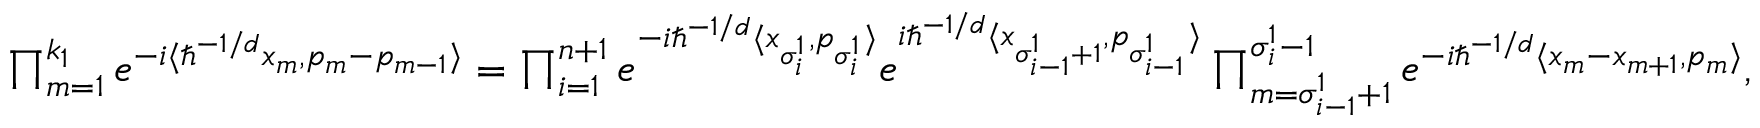
\begin{array} { r } { \prod _ { m = 1 } ^ { k _ { 1 } } e ^ { - i \langle \hbar ^ { - 1 / d } x _ { m } , p _ { m } - p _ { m - 1 } \rangle } = \prod _ { i = 1 } ^ { n + 1 } e ^ { - i \hbar ^ { - 1 / d } \langle x _ { \sigma _ { i } ^ { 1 } } , p _ { \sigma _ { i } ^ { 1 } } \rangle } e ^ { i \hbar ^ { - 1 / d } \langle x _ { \sigma _ { i - 1 } ^ { 1 } + 1 } , p _ { \sigma _ { i - 1 } ^ { 1 } } \rangle } \prod _ { m = \sigma _ { i - 1 } ^ { 1 } + 1 } ^ { \sigma _ { i } ^ { 1 } - 1 } e ^ { - i \hbar ^ { - 1 / d } \langle x _ { m } - x _ { m + 1 } , p _ { m } \rangle } , } \end{array}